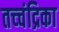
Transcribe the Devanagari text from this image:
तच्‍चंद्रिका